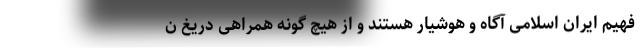
فهیم ایران اسلامی آگاه و هوشیار هستند و از هیچ گونه همراهی دریغ ن